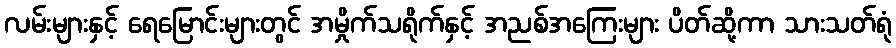
လမ်းများနှင့် ရေမြောင်းများတွင် အမှိုက်သရိုက်နှင့် အညစ်အကြေးများ ပိတ်ဆို့ကာ သားသတ်ရုံ